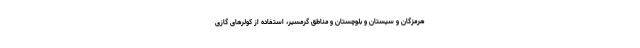
هرمزگان و سیستان و بلوچستان و مناطق گرمسیر، استفاده از کولر‌های گازی